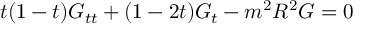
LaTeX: t ( 1 - t ) G _ { t t } + ( 1 - 2 t ) G _ { t } - m ^ { 2 } R ^ { 2 } G = 0